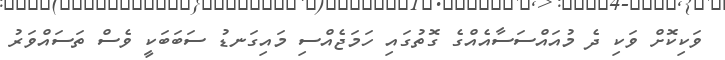
ވަކިކޮށް ވަކި ދެ މުއައްސަސާއެއްގެ ގޮތުގައި ހަމަޖެއްސި މައިގަނޑު ސަބަބަކީ ވެސް ތަސައްވަރު